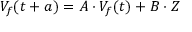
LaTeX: V _ { f } ( t + a ) = A \cdot V _ { f } ( t ) + B \cdot Z